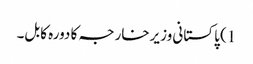
1) پاکستانی وزیرخارجہ کا دورہ کابل۔